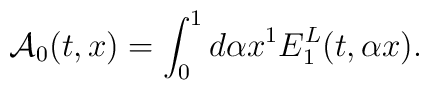
{\cal A}_0 (t,x) = \int_0^1 {d\alpha } x^1 E_1^L (t,\alpha x) .